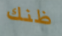
ظنك